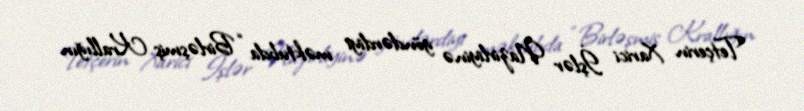
Tetçerin Xarici İşlər Nazirliyinə göndərdiyi məktubda “Birləşmiş Krallığın